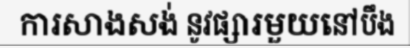
ការសាងសង់ នូវផ្សារមួយនៅបឹង